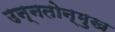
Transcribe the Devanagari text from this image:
उन्नतोन्मुख